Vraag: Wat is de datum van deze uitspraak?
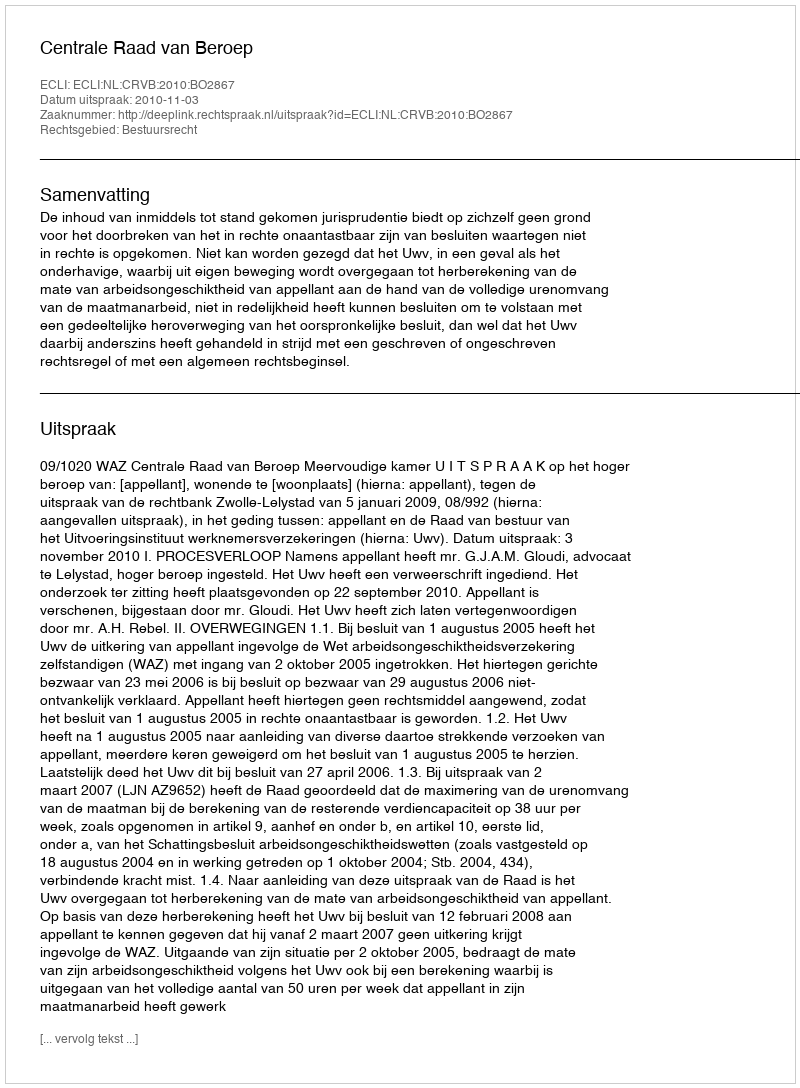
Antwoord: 2010-11-03